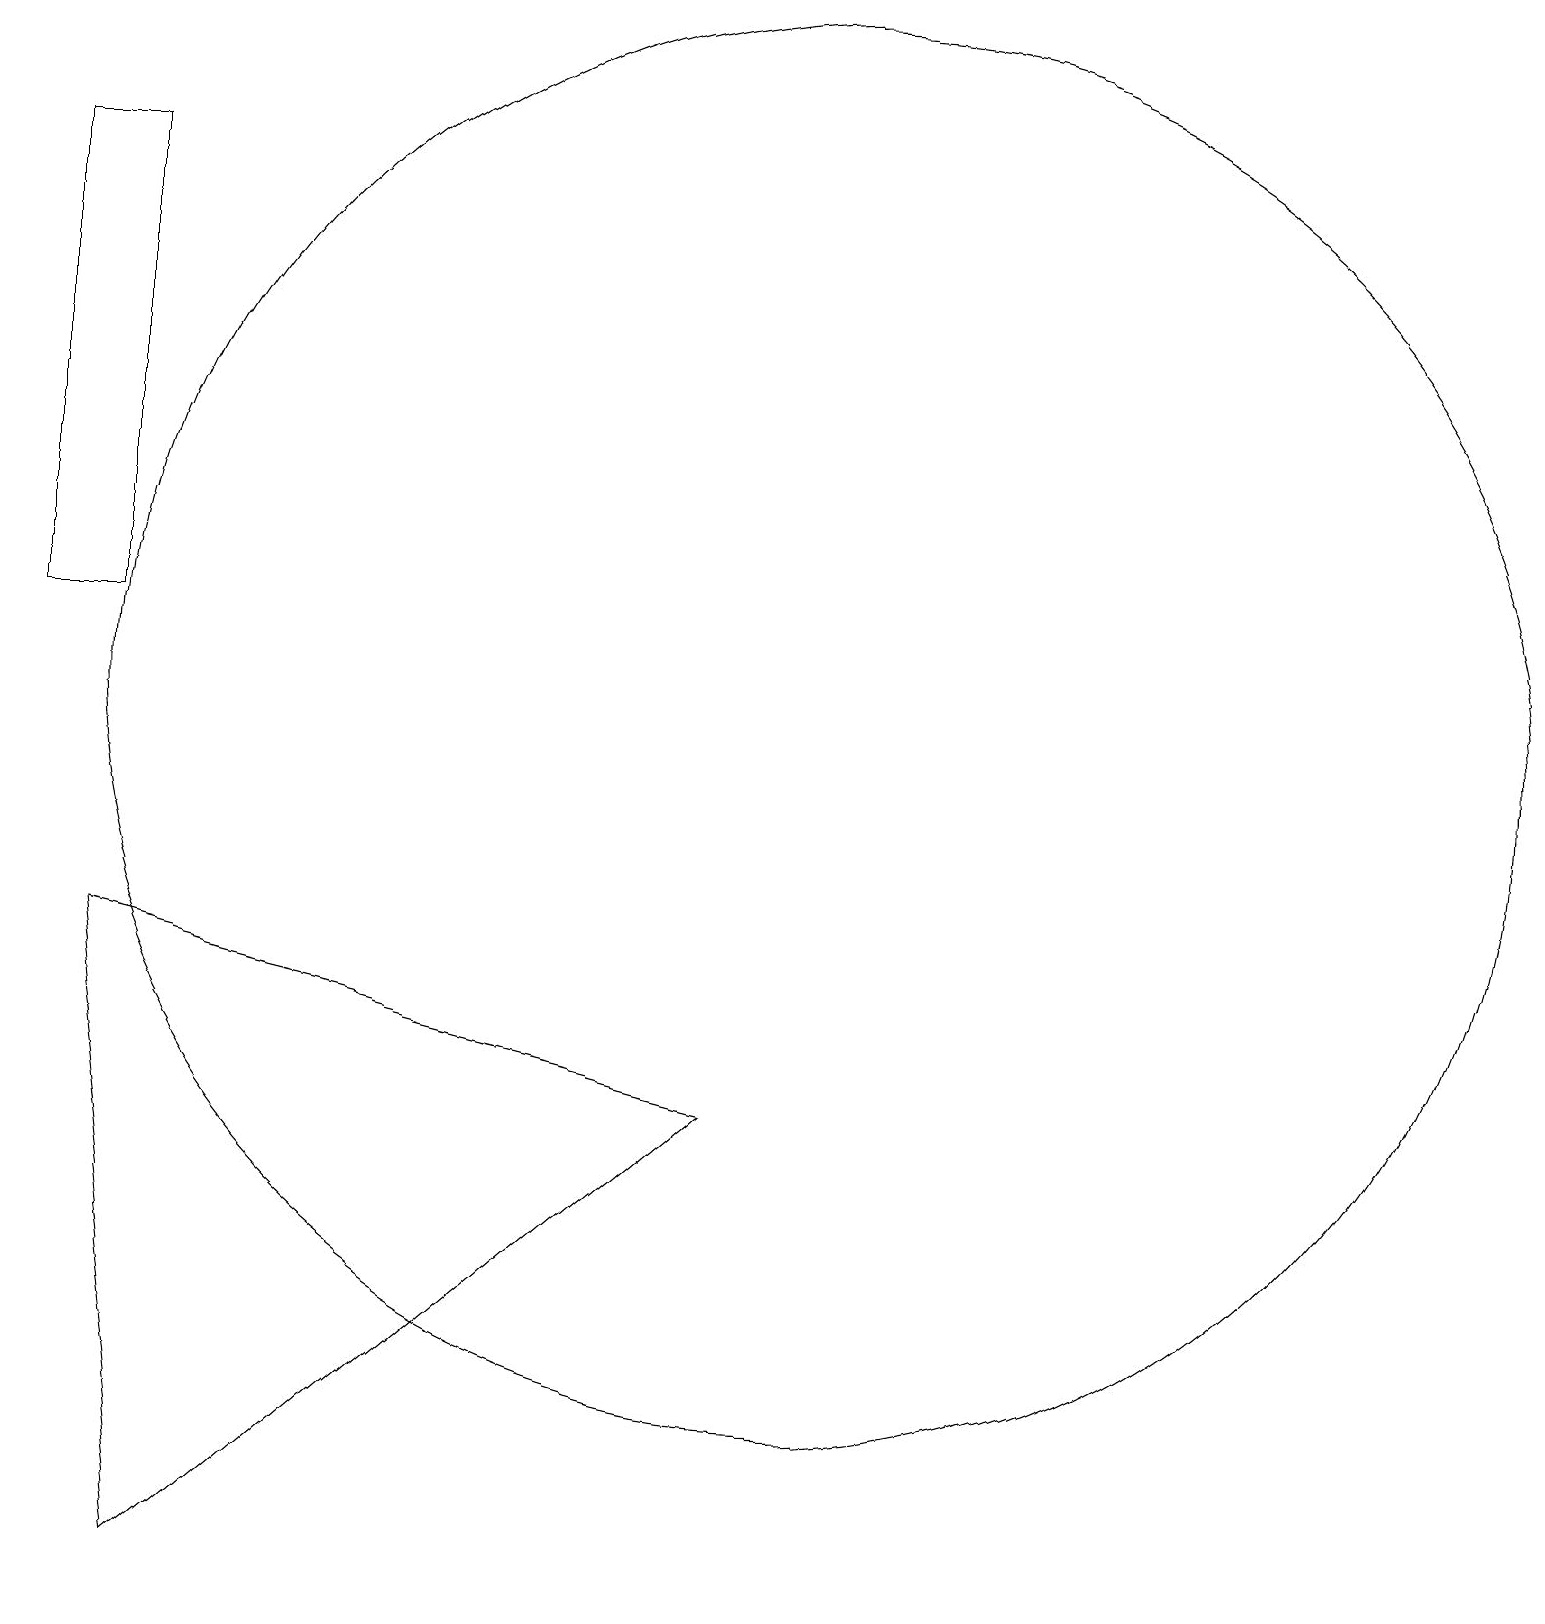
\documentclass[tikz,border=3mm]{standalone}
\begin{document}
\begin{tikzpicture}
\draw (10,11) circle (9);
\draw (9,6) -- (2,0) -- (1,8) -- cycle;
\draw (0,12) rectangle (1,18);
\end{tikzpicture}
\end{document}